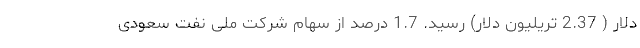
دلار ( 2.37 تریلیون دلار) رسید. 1.7 درصد از سهام شرکت ملی نفت سعودی